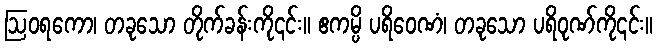
ဩဝရကော၊ တခုသော တိုက်ခန်းကို၎င်း။ ဧကမ္ပိ ပရိဝေဏံ၊ တခုသော ပရိဝုဏ်ကို၎င်း။